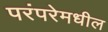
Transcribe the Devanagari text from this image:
परंपरेमधील